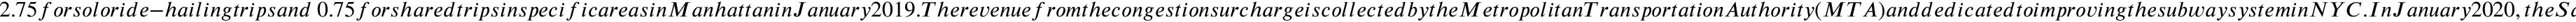
2 . 7 5 f o r s o l o r i d e - h a i l i n g t r i p s a n d \ 0 . 7 5 f o r s h a r e d t r i p s i n s p e c i f i c a r e a s i n M a n h a t t a n i n J a n u a r y 2 0 1 9 . T h e r e v e n u e f r o m t h e c o n g e s t i o n s u r c h a r g e i s c o l l e c t e d b y t h e M e t r o p o l i t a n T r a n s p o r t a t i o n A u t h o r i t y ( M T A ) a n d d e d i c a t e d t o i m p r o v i n g t h e s u b w a y s y s t e m i n N Y C . I n J a n u a r y 2 0 2 0 , t h e S a n F r a n c i s c o C o u n t y T r a n s p o r t a t i o n A u t h o r i t y ( S F C T A ) a l s o i m p o s e d a n a d v a l o r e m t a x o f 3 . 2 5 \% f o r s i n g l e T N C r i d e s a n d 1 . 5 \% f o r s h a r e d r i d e s i n S a n F r a n c i s c o . T h e c o l l e c t e d t a x e s a r e u s e d t o s u b s i d i z e p u b l i c t r a n s i t a n d m i t i g a t e t r a f f i c c o n g e s t i o n . W e c o n s i d e r a r e g u l a t o r y a g e n c y t h a t i m p o s e s a p e r - r i d e t a x